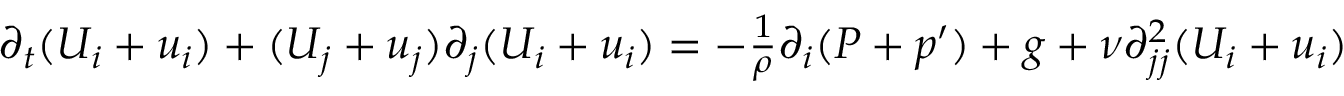
\begin{array} { r } { \partial _ { t } ( U _ { i } + u _ { i } ) + ( U _ { j } + u _ { j } ) \partial _ { j } ( U _ { i } + u _ { i } ) = - \frac { 1 } { \rho } \partial _ { i } ( P + p ^ { \prime } ) + g + \nu \partial _ { j j } ^ { 2 } ( U _ { i } + u _ { i } ) } \end{array}